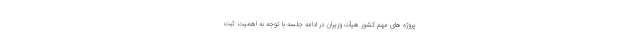
پروژه های مهم کشور هیأت وزیران در ادامه جلسه با توجه به اهمیت ثبت